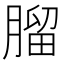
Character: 𦞧